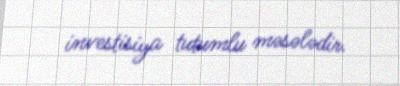
investisiya tutumlu məsələdir.